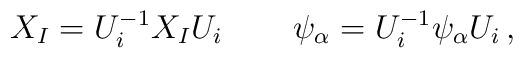
X_{I} = U_{i}^{-1}X_{I}U_{i} \, \qquad \psi_{\alpha} = U_{i}^{-1}\psi_{\alpha}U_{i} \, ,